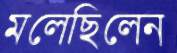
মলেছিলেন